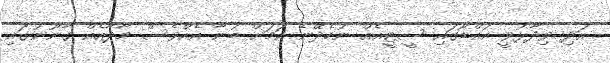
އަދި ވިދާޅުވީ އައްޑޫގައި ސީޓީއެއް ނުހެދޭނެ ކަމަށް ބުނާ އެއްވެސް މާދާއެއް ގާނޫނުގައި